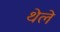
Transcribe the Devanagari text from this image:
थेले